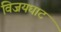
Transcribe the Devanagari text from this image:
विजयघाट